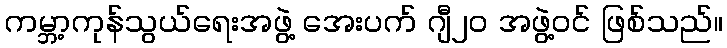
ကမ္ဘာ့ကုန်သွယ်ရေးအဖွဲ့ အေးပက် ဂျီ၂၀ အဖွဲ့ဝင် ဖြစ်သည်။